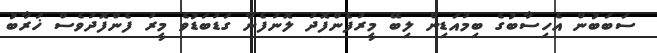
ސަބަބުން އެހިސާބުގެ ބިމުއަޑިން ލިބޭ މީރުފެންފޮދު ލޮނުފެނާ ގަޑުބަޑުވެ މީރު ފެންފޮދުވެސް ޚަރާބު